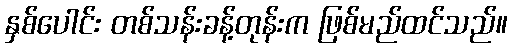
နှစ်ပေါင်း တစ်သန်းခန့်တုန်းက ဖြစ်မည်ထင်သည်။